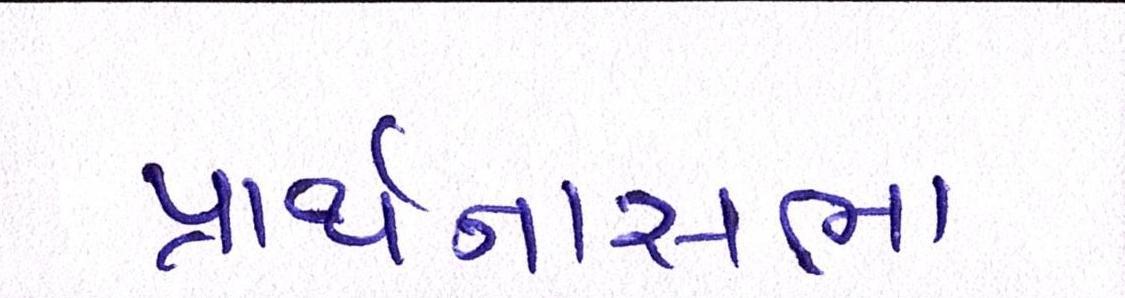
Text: પ્રાર્થનાસભા